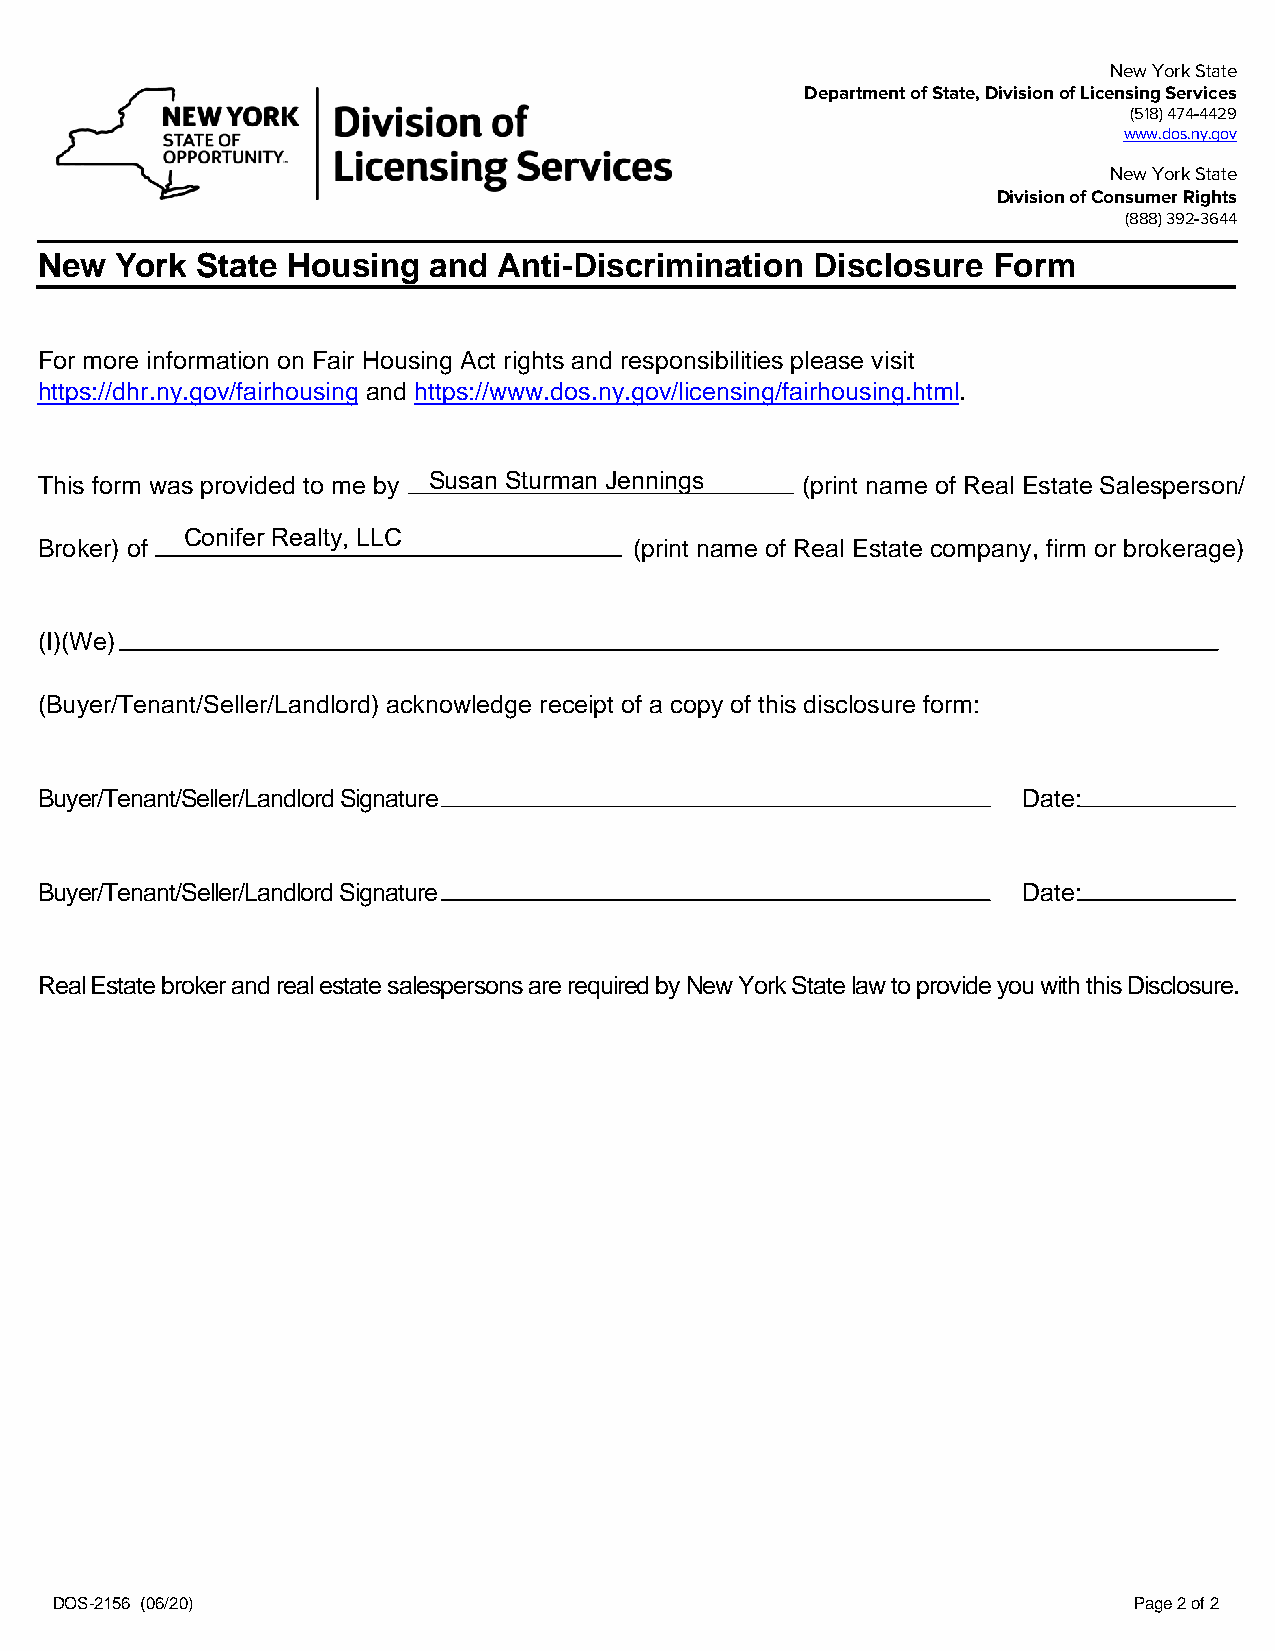
New York State
 Department of State, Division of Licensing Services
 (518) 474-4429
 www.dos.ny.gov
 New York State
 Division of Consumer Rights
 (888) 392-3644
 New  York State Housing  and  Anti-Discrimination  Disclosure  Form
 For more information on Fair Housing Act rights and responsibilities please visit
 https://dhr.ny.gov/fairhousing and https://www.dos.ny.gov/licensing/fairhousing.html.
 This form was provided to me by Susan Sturman Jennings (print name of Real Estate Salesperson/
 Conifer Realty, LLC
 Broker) of                              (print name of Real Estate company, firm or brokerage)
 (I)(We)
 (Buyer/Tenant/Seller/Landlord) acknowledge receipt of a copy of this disclosure form:
 Buyer/Tenant/Seller/Landlord Signature                            Date:
 Buyer/Tenant/Seller/Landlord Signature                            Date:
 Real Estate broker and real estate salespersons are required by New York State law to provide you with this Disclosure.
 DOS-2156 (06/20)                                                        Page 2 of 2